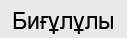
Биғұлұлы